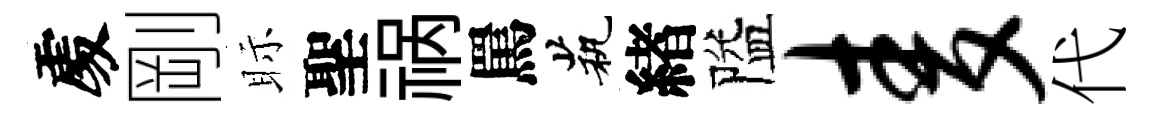
𠁅剛眎聖祸罵茕緖隘麦代